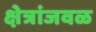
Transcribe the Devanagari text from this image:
क्षेत्रांजवळ